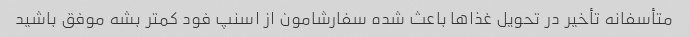
متأسفانه تأخیر در تحویل غذاها باعث شده سفارشامون از اسنپ فود کمتر بشه موفق باشید